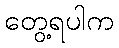
တွေ့ရပါက